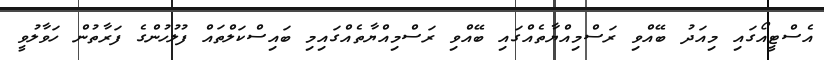
އެސްޓީއޯގައި މިއަދު ބޭއްވި ރަސްމިއްޔާތެއްގައި ބޭއްވި ރަސްމިއްޔާތެއްގައިމި ބައިސްކަލްތައް ފުލުހުންގެ ފަރާތުން ހަވާލުވީ